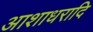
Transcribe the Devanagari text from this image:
आशाधरादि